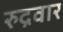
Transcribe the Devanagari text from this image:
रुद्रवार